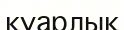
қуарлық